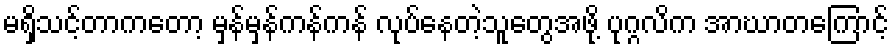
မရှိသင့်တာကတော့ မှန်မှန်ကန်ကန် လုပ်နေတဲ့သူတွေအဖို့ ပုဂ္ဂလိက အာဃာတကြောင့်